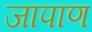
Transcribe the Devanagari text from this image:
जापाण